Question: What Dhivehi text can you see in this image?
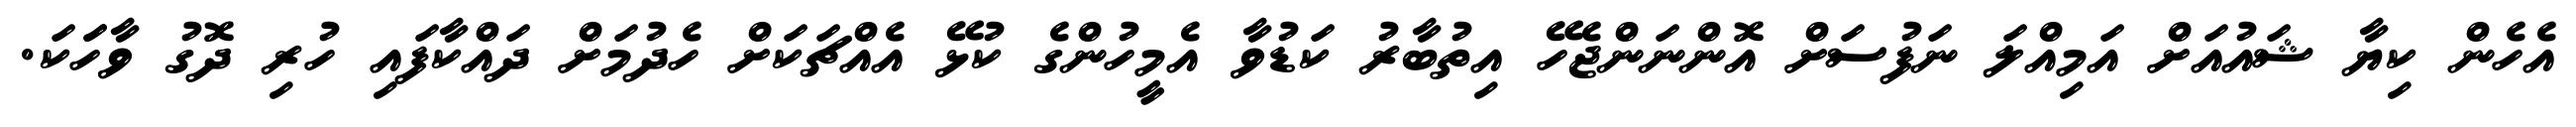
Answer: އެހެން ކިޔާ ޝައުއަށް އަމިއްލަ ނަފުސަށް އޮންނަންޖެހޭ އިތުބާރު ކަޑުވާ އެމީހުންގެ ކުޅޭ އެއްޗަކަށް ހެދުމަށް ދައްކާފައި ހުރި ދޮގު ވާހަަކަ.